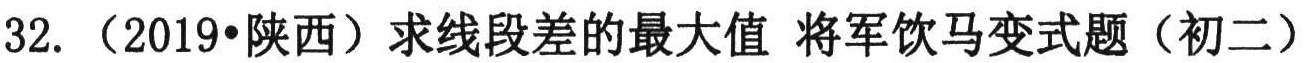
32. （2019•陕西）求线段差的最大值 将军饮马变式题（初二）